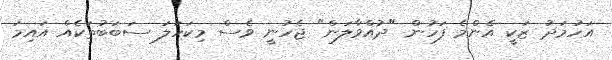
އަހުމަދު ޒަކީ އެންމެ ފަހުން "ދުއްވާލަން" ޖެހުނީ ވެސް މިކަހަލަ ސަބަބުތަކެއް އައިމަ